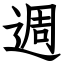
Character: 週